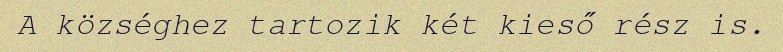
A községhez tartozik két kieső rész is.